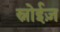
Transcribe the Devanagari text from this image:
स्नोईज़